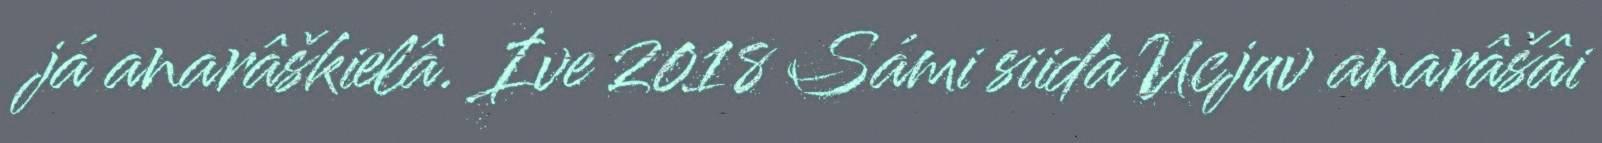
já anarâškielâ. Ive 2018 Sámi siida Ucjuv anarâšâi